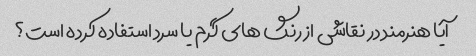
آیا هنرمند در نقاشی از رنگ های گرم یا سرد استفاده کرده است؟